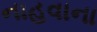
નાહવાના